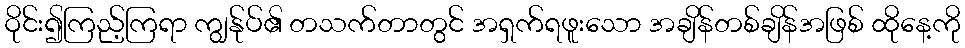
ဝိုင်း၍ကြည့်ကြရာ ကျွန်ုပ်၏ တသက်တာတွင် အရှက်ရဖူးသော အချိန်တစ်ချိန်အဖြစ် ထိုနေ့ကို